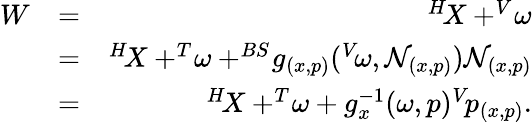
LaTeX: \begin{array}{rlr}{W}&{=}&{^{H}\! X+^{V}\! \omega}\\ &{=}&{^{H}\! X+^{T}\! \omega+^{BS}\! g_{(x,p)}(^{V}\! \omega,\mathcal{N}_{(x,p)})\mathcal{N}_{(x,p)}}\\ &{=}&{^{H}\! X+^{T}\! \omega+g_{x}^{-1}(\omega,p)^{V}\! p_{(x,p)}.}\end{array}